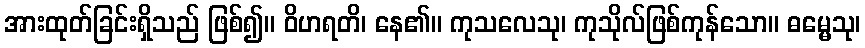
အားထုတ်ခြင်းရှိသည် ဖြစ်၍။ ဝိဟရတိ၊ နေ၏။ ကုသလေသု၊ ကုသိုလ်ဖြစ်ကုန်သော။ ဓမ္မေသု၊